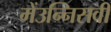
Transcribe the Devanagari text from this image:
मेंउन्निसवीं